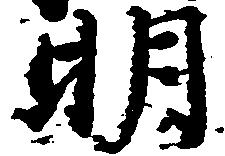
明